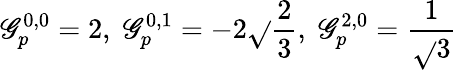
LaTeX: \mathscr{G}_{p}^{0,0}=2,\; \mathscr{G}_{p}^{0,1}=-2\sqrt{}{{\frac{{2}}{{3}}}},\; \mathscr{G}_{p}^{2,0}=\frac{{1}}{{\sqrt{}{{3}}}}